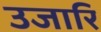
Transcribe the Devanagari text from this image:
उजारि